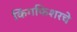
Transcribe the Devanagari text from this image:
किंगफिशरचे